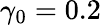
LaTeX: \gamma_{0}=0.2